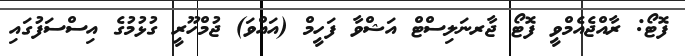
ފޮޓޯ: ރާއްޖެއެމްވީ ފޮޓޯ ޖާރނަލިސްޓް އަޝްވާ ފަހީމް (އައްވަ) ޖުމްހޫރީ ގުޅުމުގެ އިސްސަފުގައި